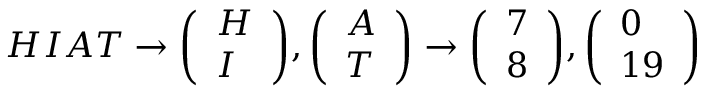
H I A T \to { \left( \begin{array} { l } { H } \\ { I } \end{array} \right) } , { \left( \begin{array} { l } { A } \\ { T } \end{array} \right) } \to { \left( \begin{array} { l } { 7 } \\ { 8 } \end{array} \right) } , { \left( \begin{array} { l } { 0 } \\ { 1 9 } \end{array} \right) }